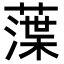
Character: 𦻜